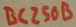
Text: BC250B